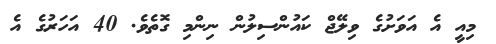
މިއީ އެ އަވަށުގެ ވިލޭޖް ކައުންސިލުން ނިންމި ގޮތެވެ. 40 އަހަރުގެ އެ